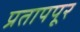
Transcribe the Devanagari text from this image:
प्रतापपूर